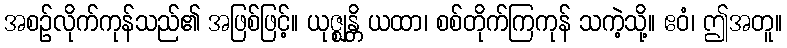
အစဉ်လိုက်ကုန်သည်၏ အဖြစ်ဖြင့်။ ယုဇ္ဈန္တိ ယထာ၊ စစ်တိုက်ကြကုန် သကဲ့သို့။ ဧဝံ၊ ဤအတူ။